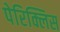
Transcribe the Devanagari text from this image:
पेरिक्लिस